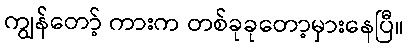
ကျွန်တော့် ကားက တစ်ခုခုတော့မှားနေပြီ။